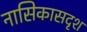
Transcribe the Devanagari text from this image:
नासिकासदृश